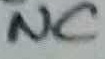
Text: NC